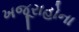
ખજૂરાહોના